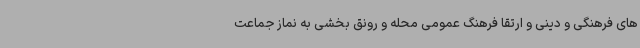
های فرهنگی و دینی و ارتقا فرهنگ عمومی محله و رونق بخشی به نماز جماعت